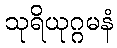
သုရိယုဂ္ဂမနံ